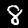
Label: 8